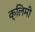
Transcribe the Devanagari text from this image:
क्लिमी